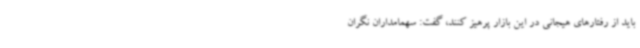
باید از رفتارهای هیجانی در این بازار پرهیز کنند، گفت: سهمامداران نگران